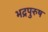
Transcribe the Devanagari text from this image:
भद्रपुरुष